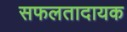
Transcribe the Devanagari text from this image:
सफलतादायक